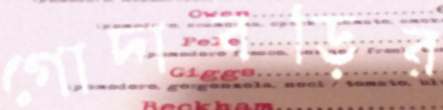
গোদাবড়ির